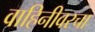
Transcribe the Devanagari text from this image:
वाहिनीवरचा